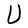
Character: U